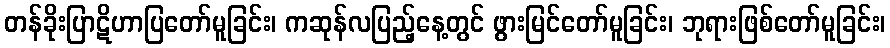
တန်ခိုးပြာဋိဟာပြတော်မူခြင်း၊ ကဆုန်လပြည့်နေ့တွင် ဖွားမြင်တော်မူခြင်း၊ ဘုရားဖြစ်တော်မူခြင်း၊